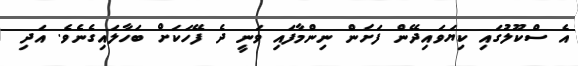
އެ ސްކޫލުގައި ކިޔަވައިދޭން ފަށަން ނިންމާފައި ވަނީ ދެ ފޭހަކަށް ބަހާލައިގެނެވެ. އަދި